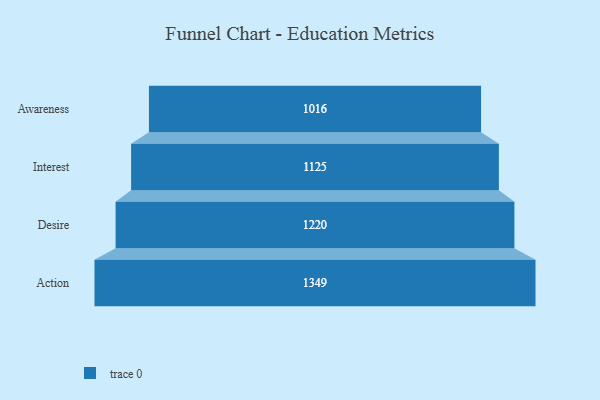
{"axis": {"x": "Stage", "y": "Value"}, "legend": [""], "data": [{"x": "Awareness", "y": 1016.0, "type": ""}, {"x": "Interest", "y": 1125.0, "type": ""}, {"x": "Desire", "y": 1220.0, "type": ""}, {"x": "Action", "y": 1349.0, "type": ""}]}